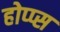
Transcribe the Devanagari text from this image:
होप्प्स